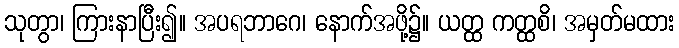
သုတွာ၊ ကြားနာပြီး၍။ အပရဘာဂေ၊ နောက်အဖို့၌။ ယတ္ထ ကတ္ထစိ၊ အမှတ်မထား